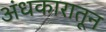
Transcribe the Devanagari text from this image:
अंधकारातून